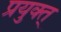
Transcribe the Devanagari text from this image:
प्रयुक्त्